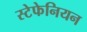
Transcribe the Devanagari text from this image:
स्टेफेनियन